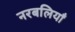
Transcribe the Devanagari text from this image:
नरबलियाँ